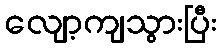
လျော့ကျသွားပြီး